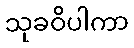
သုခဝိပါကာ